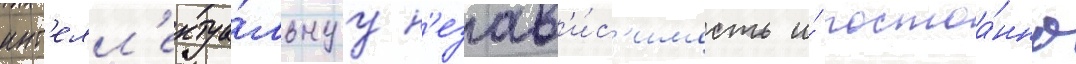
инт'елл'ектуа́льнуу н'езав'и́с'имость и́ постоа́нно